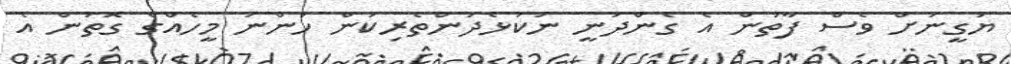
ޔަގީނަށް ވެސް ފާތުން އެ ގެންދަނީ ނުކުޅެދުންތެރިކަން ހުންނަ މީހެއްގެ ގޮތުން އެ